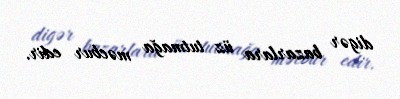
digər bazarlara üz tutmağa məcbur edir.